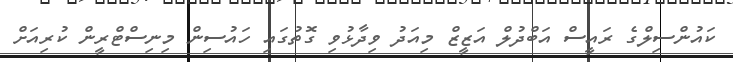
ކައުންސިލްގެ ރައީސް އަބްދުލް އަޒީޒް މިއަދު ވިދާޅުވި ގޮތުގައި ހައުސިން މިނިސްޓްރީން ކުރިއަށް